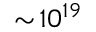
\sim \! 1 0 ^ { 1 9 }